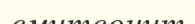
смитсонит